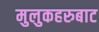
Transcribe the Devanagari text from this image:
मुलुकहरुबाट